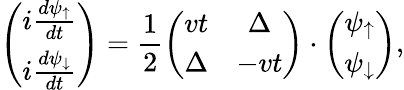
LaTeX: \left(\begin{array}{c}{i\frac{d\psi_{\uparrow}}{dt}}\\ {i\frac{d\psi_{\downarrow}}{dt}}\end{array}\right)=\frac{1}{2}\left(\begin{array}{cc}{vt}&{\Delta}\\ {\Delta}&{-vt}\end{array}\right)\cdot\left(\begin{array}{c}{\psi_{\uparrow}}\\ {\psi_{\downarrow}}\end{array}\right),